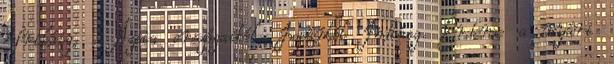
Afrikáig, s Ázsia országaiból, Japántól Indiáig. Érdeme a nyári